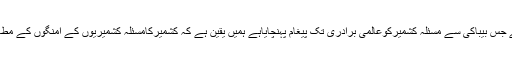
ایم کیوایم نے جس بیباکی سے مسئلہ کشمیرکوعالمی برادری تک پیغام پہنچایاہے ہمیں یقین ہے کہ کشمیرکامسئلہ کشمیریوں کے امنگوں کے مطابق حل ہوگا۔